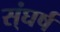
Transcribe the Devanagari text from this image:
स्ंघर्ष